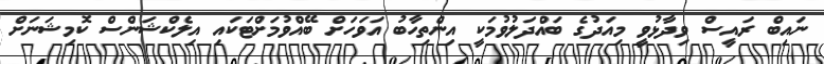
ނައިބް ރައީސް ވިދާޅުވީ މިއަދުގެ ބައްދަލުވުމަކީ އިންތިހާބު އަވަހަށް ބޭއްވުމަށްޓަކައި އިލެކްޝަންސް ކޮމިޝަނަށް